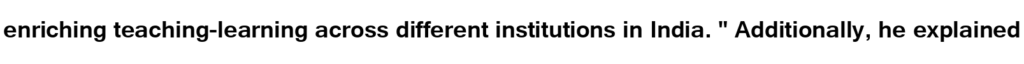
enriching teaching-learning across different institutions in India. " Additionally, he explained